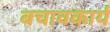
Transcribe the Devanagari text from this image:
बचावकार्य